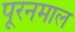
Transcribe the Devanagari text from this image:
पूरनमाल